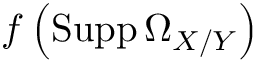
f \left( \operatorname { S u p p } \Omega _ { X / Y } \right)